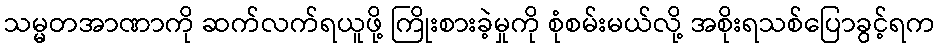
သမ္မတအာဏာကို ဆက်လက်ရယူဖို့ ကြိုးစားခဲ့မှုကို စုံစမ်းမယ်လို့ အစိုးရသစ်ပြောခွင့်ရက